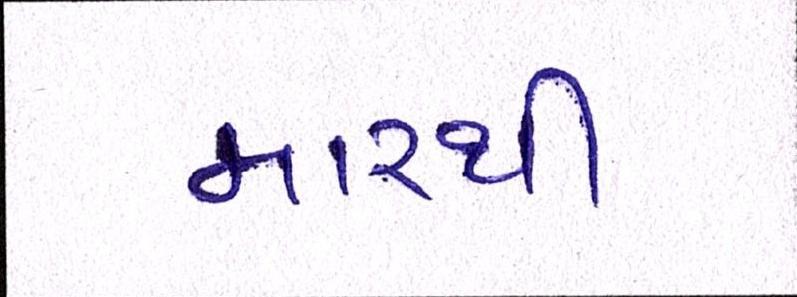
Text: મારથી